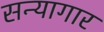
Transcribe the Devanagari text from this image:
सन्यागार